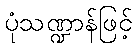
ပုံသဏ္ဍာန်ဖြင့်